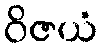
ဝိဇယံ